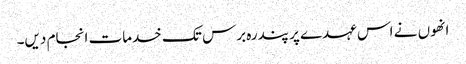
انھوں نے اس عہدے پر پندرہ برس تک خدمات انجام دیں۔